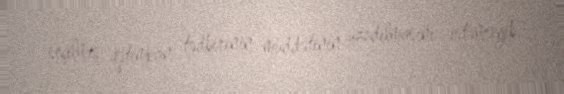
seçilmiş qətimkan tədbirinin müddətinin uzadılmasını istəməyib.